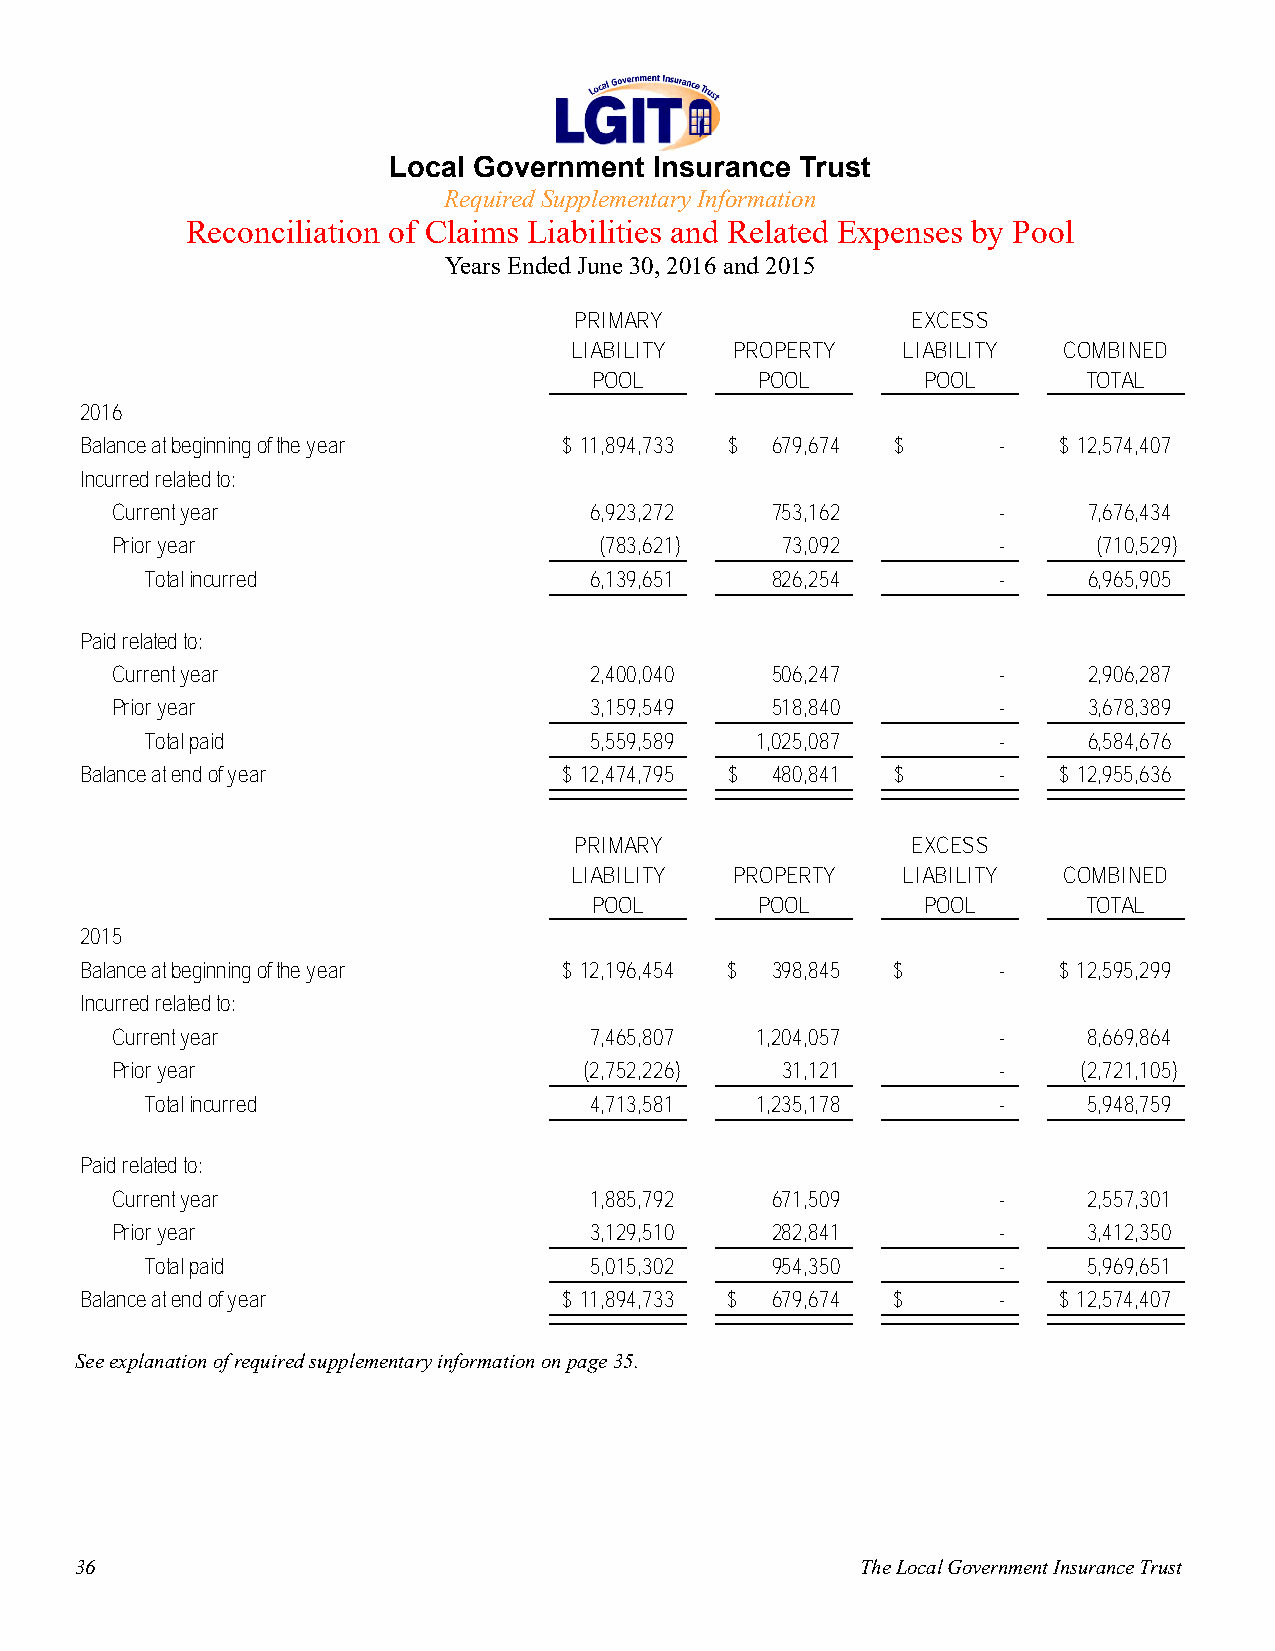
Local Government Insurance Trust
 Required Supplementary Information
 Reconciliation of Claims Liabilities and Related Expenses by Pool
 Years Ended June 30, 2016 and 2015
 PRIMARY               EXCESS
 LIABILITY  PROPERTY   LIABILITY COMBINED
 POOL       POOL       POOL       TOTAL
 2016
 Balance at beginning of the year $ 11,894,733 $ 679,674 $    -   $ 12,574,407
 Incurred related to:
 Current year                    6,923,272   753,162        -     7,676,434
 Prior year                       ( 783,621)  73,092        -      ( 710,529)
 Total incurred               6,139,651   826,254        -     6,965,905
 Paid related to:
 Current year                    2,400,040   506,247        -     2,906,287
 Prior year                      3,159,549   518,840        -     3 ,678,389
 Total paid                   5,559,589  1,025,087       -     6,584,676
 Balance at end of year          $ 12,474,795 $ 480,841 $     -   $ 12,955,636
 PRIMARY               EXCESS
 LIABILITY  PROPERTY   LIABILITY COMBINED
 POOL       POOL       POOL       TOTAL
 2015
 Balance at beginning of the year $ 12,196,454 $ 398,845 $    -   $ 12,595,299
 Incurred related to:
 Current year                    7,465,807  1,204,057       -     8,669,864
 Prior year                      ( 2,752,226) 31,121        -     (2,721,105)
 Total incurred               4,713,581  1,235,178       -     5,948,759
 Paid related to:
 Current year                    1,885,792   671,509        -     2,557,301
 Prior year                      3,129,510   282,841        -     3,412,350
 Total paid                   5,015,302   954,350        -     5,969,651
 Balance at end of year          $ 11,894,733 $ 679,674 $     -   $ 12,574,407
 See explanation of required supplementary information on page 35.
 36                                                  The Local Government Insurance Trust